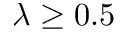
\lambda \ge 0 . 5